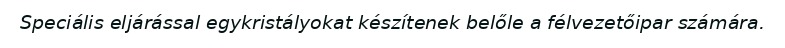
Speciális eljárással egykristályokat készítenek belőle a félvezetőipar számára.